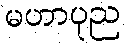
မဟာပုည